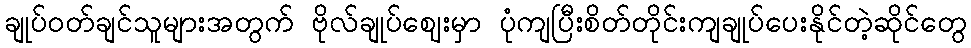
ချုပ်ဝတ်ချင်သူများအတွက် ဗိုလ်ချုပ်ဈေးမှာ ပုံကျပြီးစိတ်တိုင်းကျချုပ်ပေးနိုင်တဲ့ဆိုင်တွေ